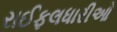
રાઈફલધારીઓ